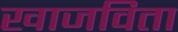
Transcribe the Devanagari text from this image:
खाजविता